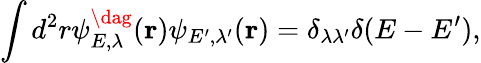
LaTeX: \displaystyle\int d^{2}r\psi_{E,\lambda}^{\dag}({\mathbf r})\psi_{E^{\prime},\lambda^{\prime}}({\mathbf r})=\delta_{\lambda\lambda^{\prime}}\delta(E-E^{\prime}),